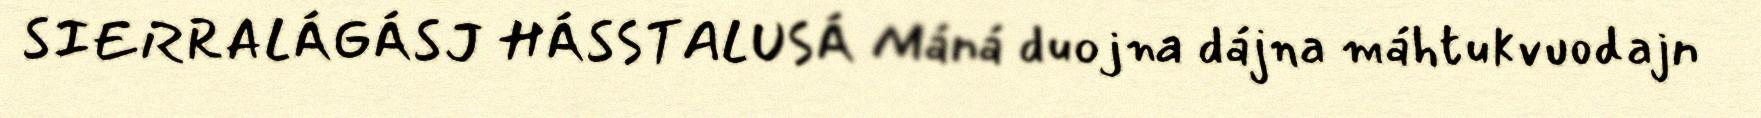
SIERRALÁGÁSJ HÁSSTALUSÁ Máná duojna dájna máhtukvuodajn